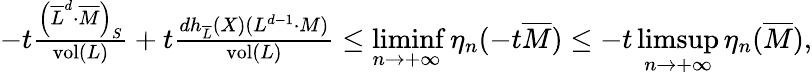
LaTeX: \begin{array}{r}{-t\frac{\left(\overline{{L}}^{d}\cdot\overline{{M}}\right)_{S}}{\operatorname{vol}(L)}+t\frac{dh_{\overline{{L}}}(X)(L^{d-1}\cdot M)}{\operatorname{vol}(L)}\leq\displaystyle\operatorname*{liminf}_{n\to+\infty}\eta_{n}(-t\overline{{M}})\leq-t\operatorname*{limsup}_{n\to+\infty}\eta_{n}(\overline{{M}}),}\end{array}